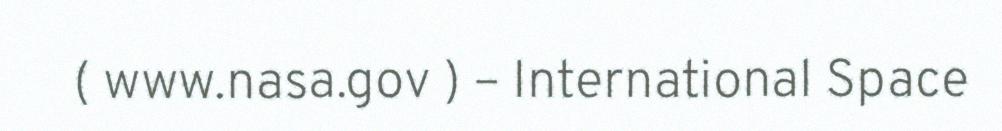
( www.nasa.gov ) – International Space